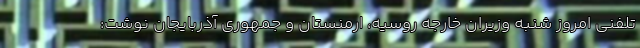
تلفنی امروز شنبه وزیران خارجه روسیه، ارمنستان و جمهوری آذربایجان نوشت: